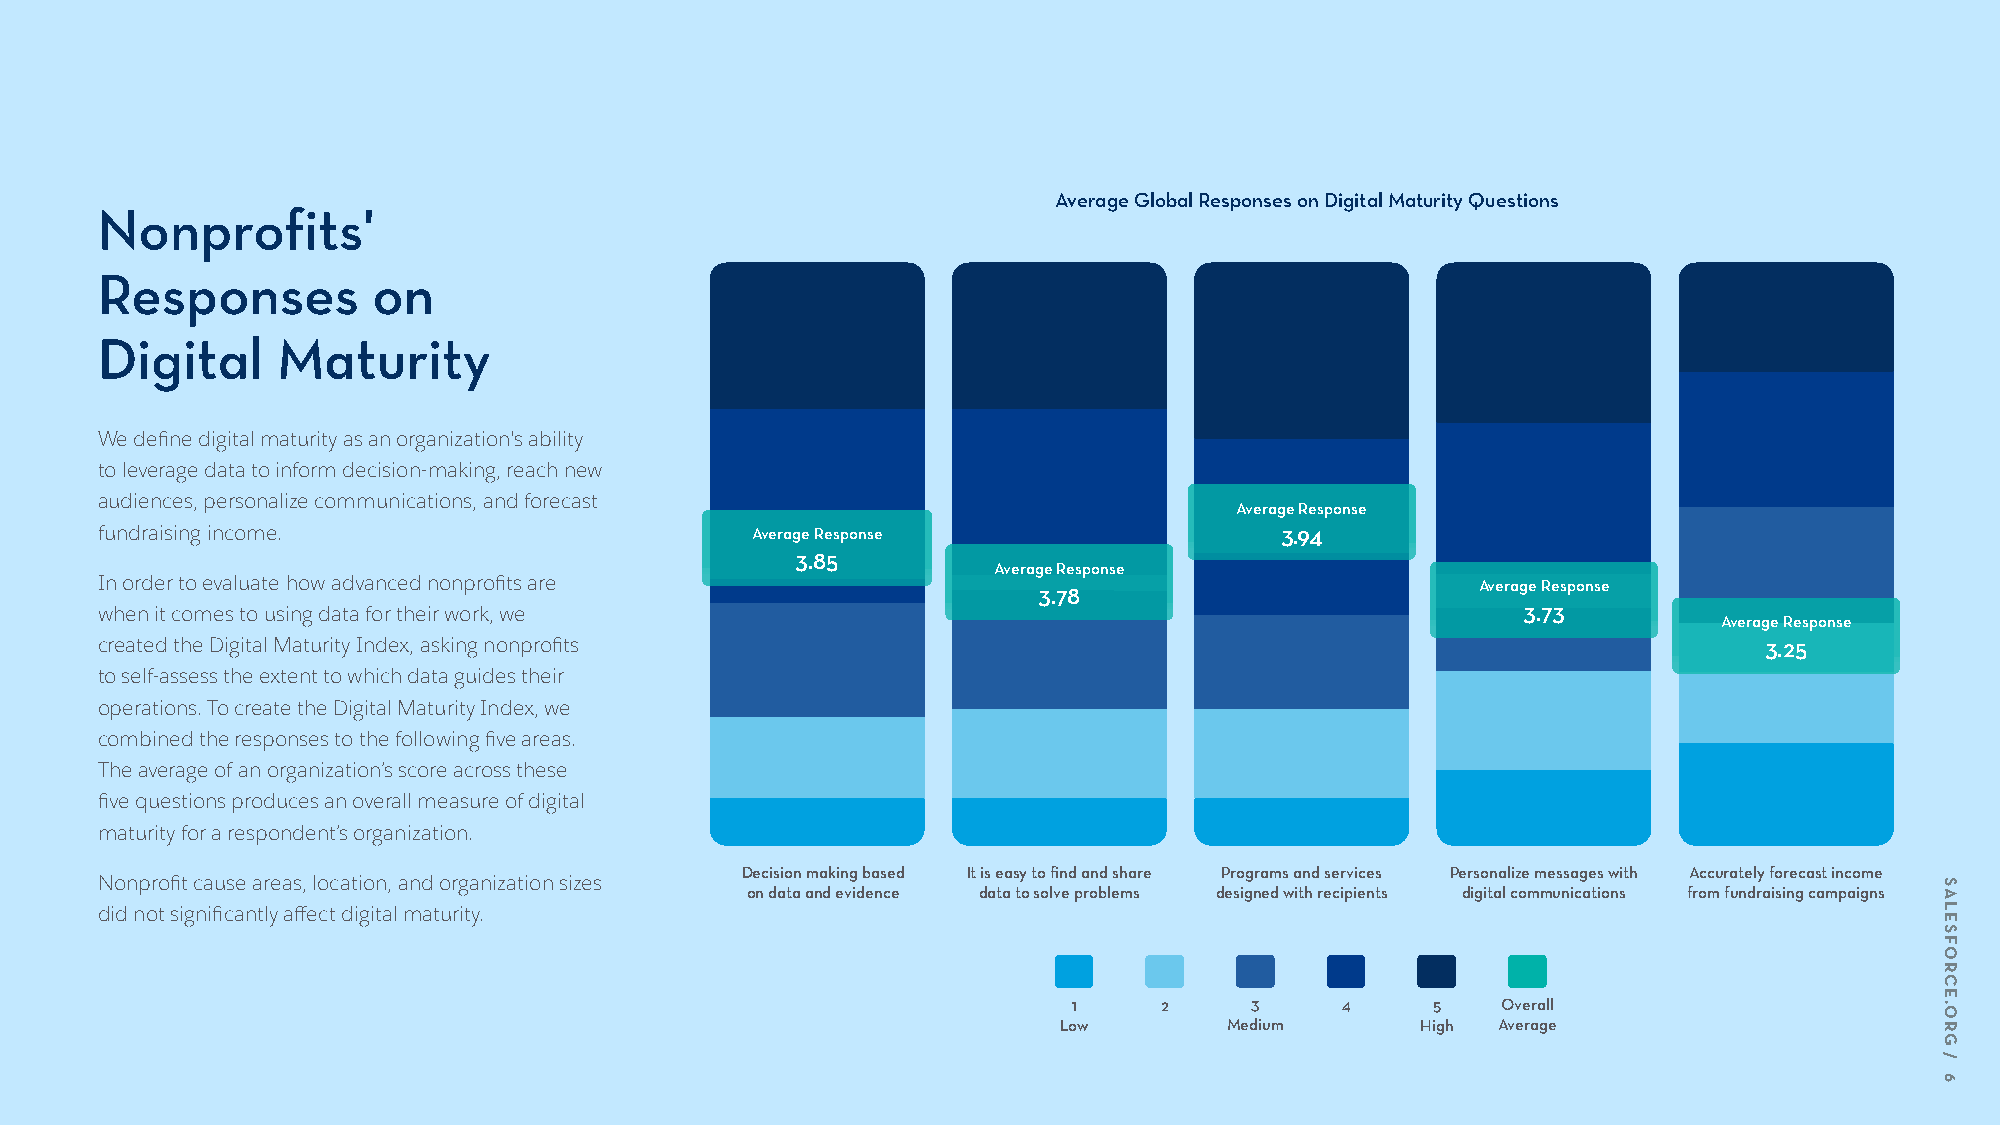
Average Global Responses on Digital Maturity Questions
 Nonprofits'
 Responses          on
 Digital     Maturity
 We define digital maturity as an organization's ability
 to leverage data to inform decision-making, reach new
 audiences, personalize communications, and forecast
 Average Response
 fundraising income.                         Average Response                   3.94
 3.85
 Average Response
 In order to evaluate how advanced nonprofits are                                            Average Response
 3.78
 when it comes to using data for their work, we                                                 3.73
 Average Response
 created the Digital Maturity Index, asking nonprofits                                                          3.25
 to self-assess the extent to which data guides their
 operations. To create the Digital Maturity Index, we
 combined the responses to the following five areas.
 The average of an organization’s score across these
 five questions produces an overall measure of digital
 maturity for a respondent’s organization.
 Decision making based It is easy to find and share Programs and services Personalize messages with Accurately forecast income
 Nonprofit cause areas, location, and organization sizes
 on data and evidence data to solve problems designed with recipients digital communications from fundraising campaigns
 did not significantly affect digital maturity.
 1     2     3     4     5   Overall
 Low        Medium       High Average
 SALESFORCE.ORG
 /
 6